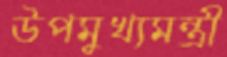
উপমুখ্যমন্ত্রী